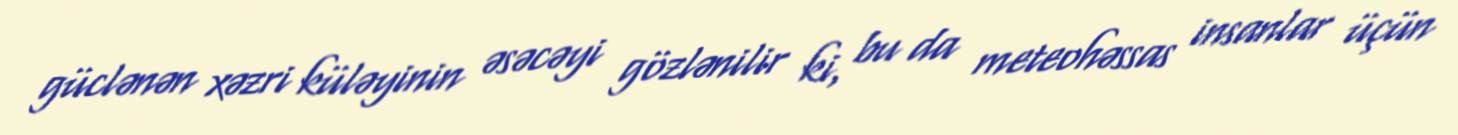
güclənən xəzri küləyinin əsəcəyi gözlənilir ki, bu da meteohəssas insanlar üçün